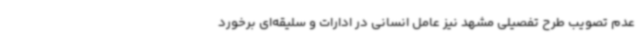
عدم تصویب طرح تفصیلی مشهد نیز عامل انسانی در ادارات و سلیقه‌ای برخورد